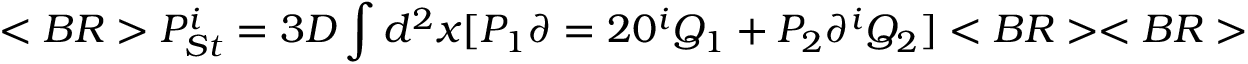
< B R > P _ { S t } ^ { i } = 3 D \int d ^ { 2 } x [ P _ { 1 } \partial = 2 0 ^ { i } Q _ { 1 } + P _ { 2 } \partial ^ { i } Q _ { 2 } ] < B R > < B R >